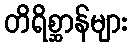
တိရိစ္ဆာန်များ